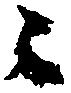
々